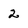
Character: 2